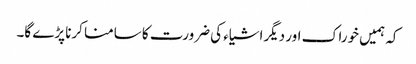
کہ ہمیں خوراک اور دیگراشیاء کی ضرورت کا سامنا کرنا پڑے گا۔